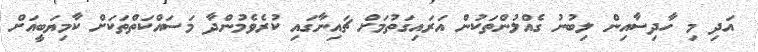
އަދި މި ހާދިސާއިން ލިބުނު ގެއްލުންތަކުން އަރައިގަތުމަށް ޗައިނާގައި ކުރެވެމުންދާ މަސައްކަތްތަކަށް ކާމިޔަބީއަށް